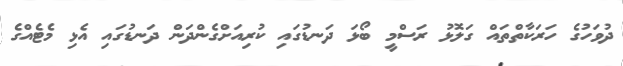
ދުވަހުގެ ހަރަކާތްތައް ގަލޮޅު ރަސްމީ ބޯޅަ ދަނޑުގައި ކުރިއަށްގެންދަން ދަނޑުގައި އެޅި މެޓެއްގެ